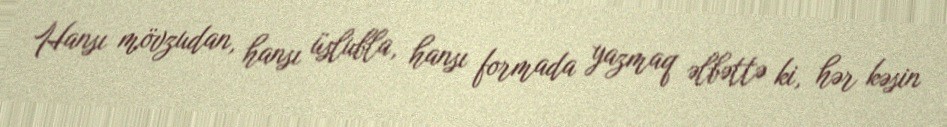
Hansı mövzudan, hansı üslubla, hansı formada yazmaq əlbəttə ki, hər kəsin